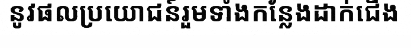
នូវផលប្រយោជន៍រួមទាំងកន្លែងដាក់ជើង